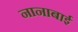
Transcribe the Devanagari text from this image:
नानाबाई